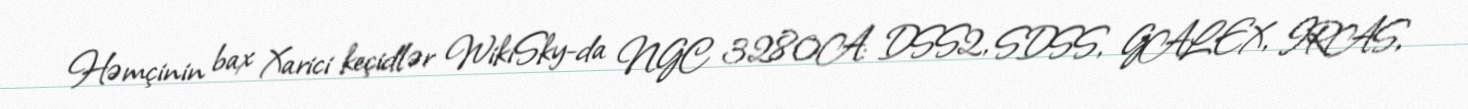
Həmçinin bax Xarici keçidlər WikiSky-da NGC 3280A: DSS2, SDSS, GALEX, IRAS,